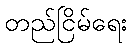
တည်ငြိမ်ရေး